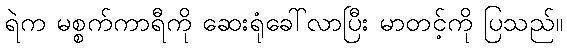
ရဲက မစ္စက်ကာရီကို ဆေးရုံခေါ်လာပြီး မာတင့်ကို ပြသည်။